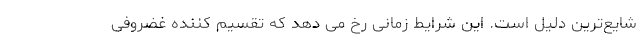
شایع‌ترین دلیل است. این شرایط زمانی رخ می دهد که تقسیم کننده غضروفی